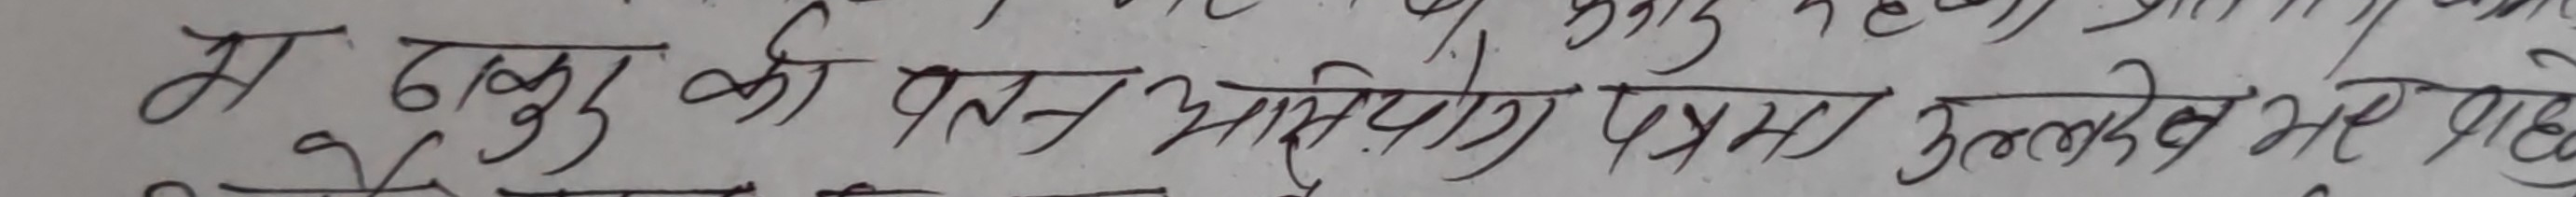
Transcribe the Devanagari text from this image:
म दबुल की पत्त अभिप्राय प्रथम उल्लेख भए थिए